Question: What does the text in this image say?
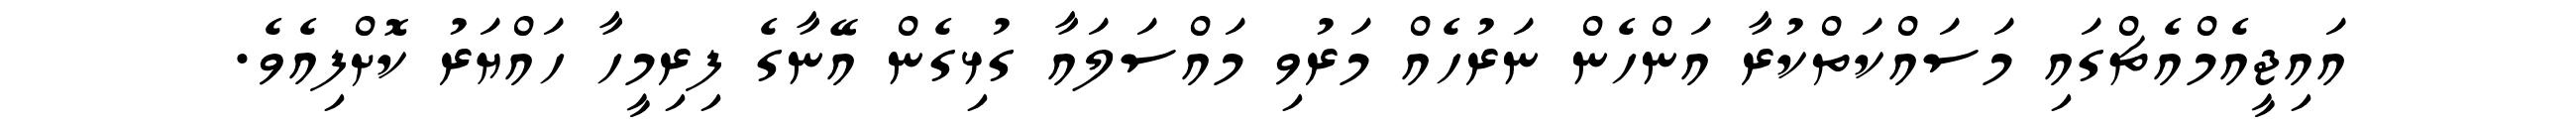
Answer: އައިޖީއެމްއެޗްގައި މަސައްކަތްކުރާ އަންހެން ނަރުހެއް މަރުވި މައްސަލައާ ގުޅިގެން އޭނާގެ ފިރިމީހާ ހައްޔަރު ކޮށްފިއެވެ.